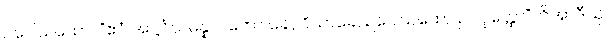
ဥပေါသထော။ “ဧဝံ အဋ္ဌင်္ဂသမန္နာဂတော ခေါ, ဝိသာခေ, ဥပေါသထော ဥပဝုတ္ထော”တိအာဒီသု